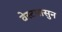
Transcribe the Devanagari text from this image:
वेस्टपासुन